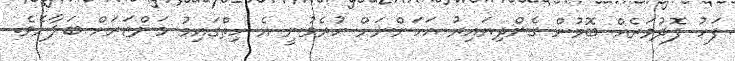
ފަހު ފޮދުވަރެއް ބޮމުން ގެންދިޔައިރު އަހަންނަށް ހުރެވުނީ އެ ހިތްގައިމު މަންޒަރަށް ބަލާށެވެ.